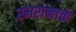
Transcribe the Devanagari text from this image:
स्मरान्तकं